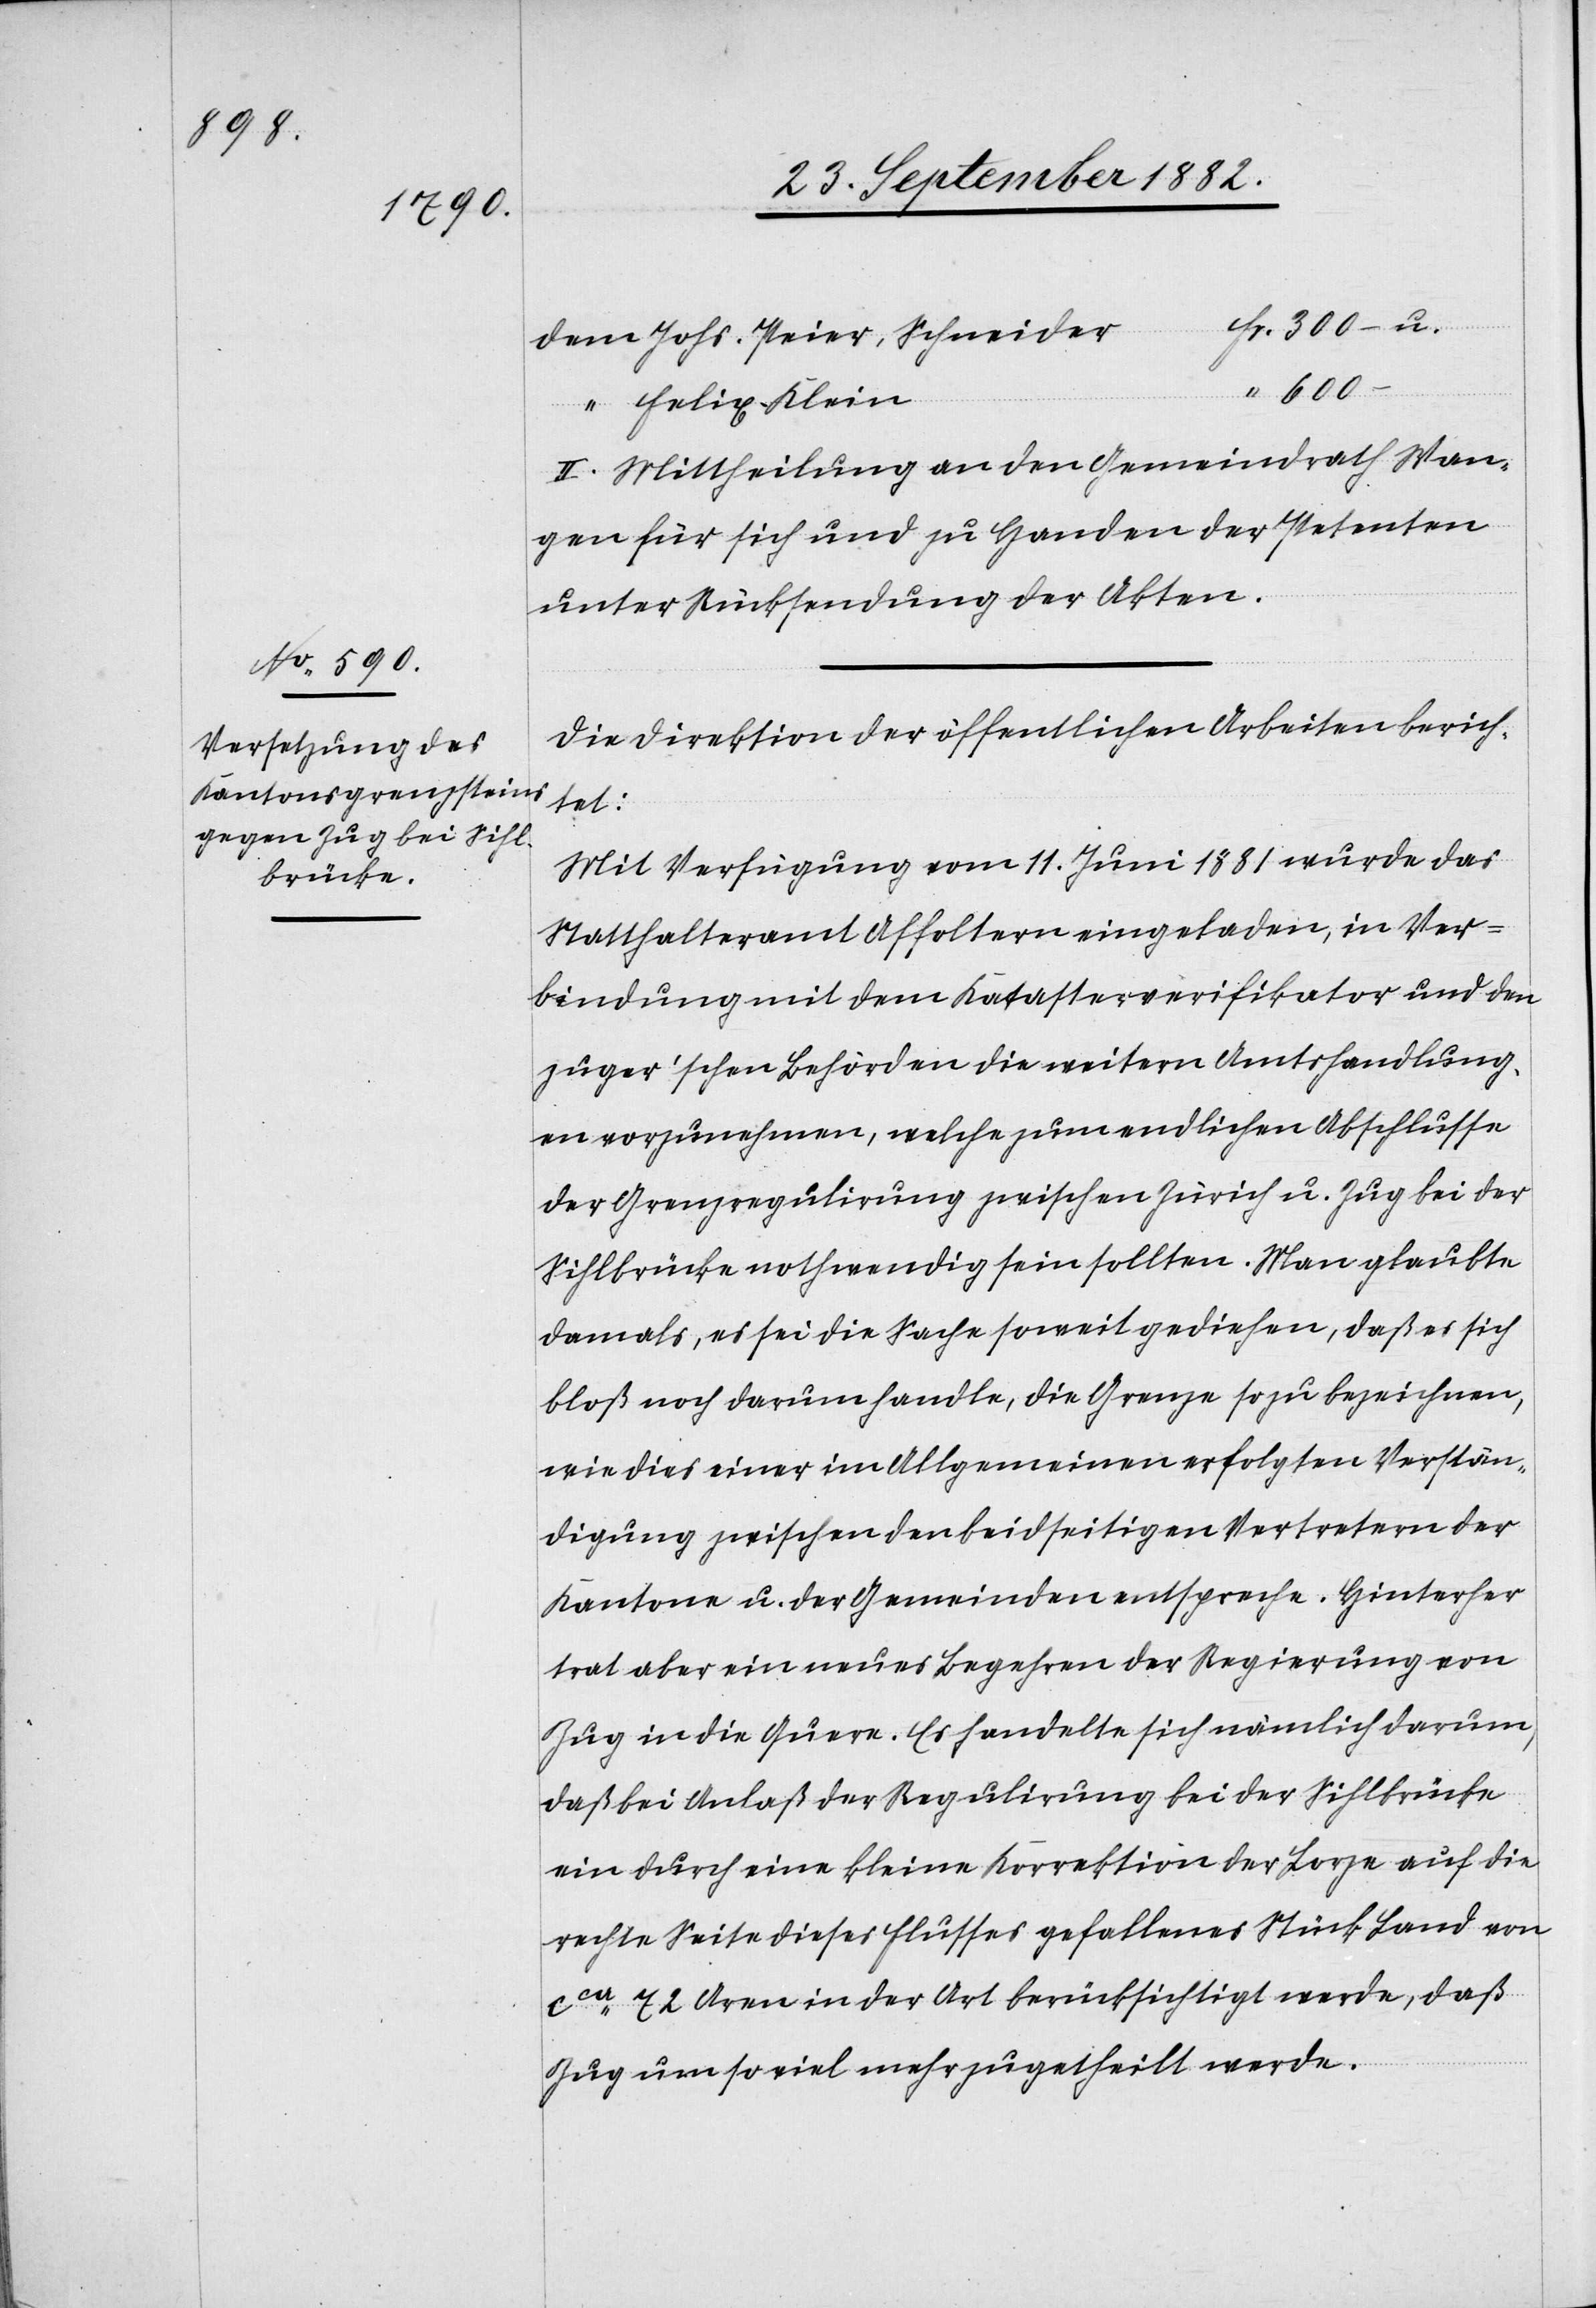
Felix Klein
II. Mittheilung an den Gemeindrath Wan¬
gen für sich und zu Handen der Petenten
unter Rücksendung der Akten.
Die Direktion der öffentlichen Arbeiten berich¬
tet:
Mit Verfügung vom 11. Juni 1881 wurde das
Statthalteramt Affoltern eingeladen, in Ver¬
bindung mit dem Katasterverifikator und den
zuger’schen Behörden die weitern Amtshandlung¬
en vorzunehmen, welche zum endlichen Abschlusse
der Grenzregulirung zwischen Zürich u. Zug bei der
Sihlbrücke nothwendig sein sollten. Man glaubte
damals, es sei die Sache soweit gediehen, daß es sich
bloß noch darum handle, die Grenze so zu bezeichnen,
wie dies einer im Allgemeinen erfolgten Verstän¬
digung zwischen den beidseitigen Vertretern der
Kantone u. der Gemeinden entspreche. Hinterher
trat aber ein neues Begehren der Regierung von
Zug in die Quere. Es handelte sich nämlich darum,
daß bei Anlaß der Regulirung bei der Sihlbrücke
ein durch eine kleine Korrektion der Lorze auf die
rechte Seite dieses Flusses gefallenes Stück Land von
ca 72 Aren in der Art berücksichtigt werde, daß
Zug um so viel mehr zugehteilt werde.